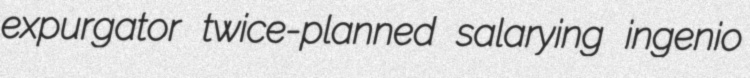
expurgator twice-planned salarying ingenio